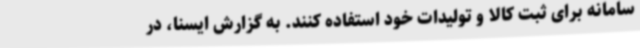
سامانه برای ثبت کالا و تولیدات خود استفاده کنند. به گزارش ایسنا، در